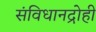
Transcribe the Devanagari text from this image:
संविधानद्रोही